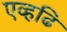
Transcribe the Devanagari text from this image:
एव्हढि